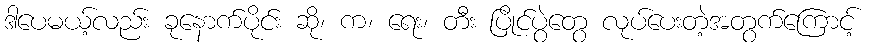
ဒါပေမယ့်လည်း ခုနောက်ပိုင်း ဆို၊ က၊ ရေး၊ တီး ပြိုင်ပွဲတွေ လုပ်ပေးတဲ့အတွက်ကြောင့်